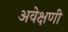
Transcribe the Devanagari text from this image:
अवेक्षणी